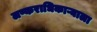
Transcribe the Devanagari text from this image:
लष्कराधिकाऱ्याला